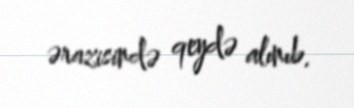
ərazisində qeydə alınıb.